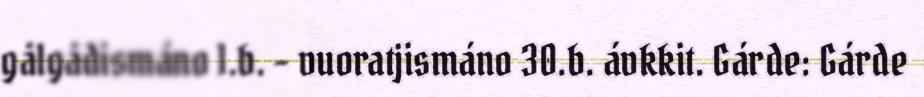
gålgådismáno 1.b. - vuoratjismáno 30.b. ávkkit. Gárde: Gárde